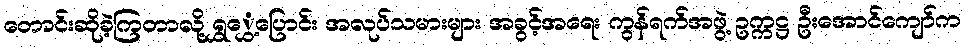
တောင်းဆိုခဲ့ကြတာလို့ ရွှွှေ့ပြောင်း အလုပ်သမားများ အခွင့်အရေး ကွန်ရက်အဖွဲ့ ဥက္ကဋ္ဌ ဦးအောင်ကျော်က